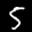
Label: 5